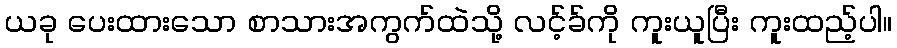
ယခု ပေးထားသော စာသားအကွက်ထဲသို့ လင့်ခ်ကို ကူးယူပြီး ကူးထည့်ပါ။